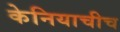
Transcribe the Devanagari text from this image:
केनियाचीच